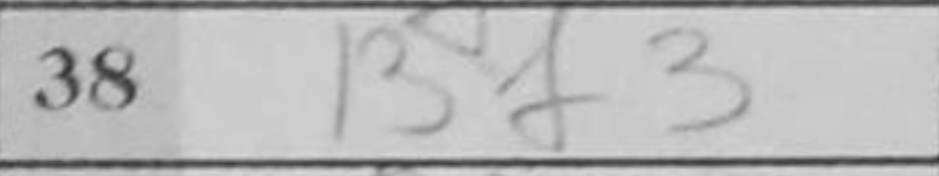
Transcription: Bf3